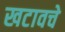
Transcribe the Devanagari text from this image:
खटावचे